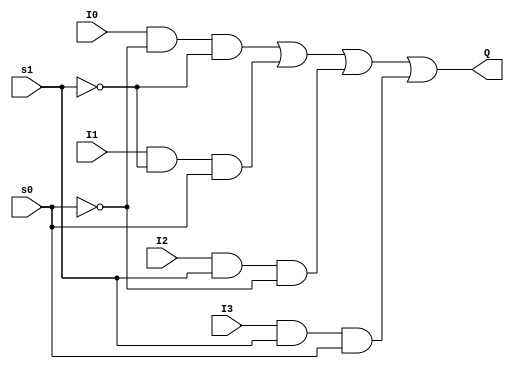
module mux_four_to_one(input I0, I1, I2, I3, s1, s0, output Q);
wire s0_bar, s1_bar,a_sel,b_sel,c_sel,d_sel;

not u1(s1_bar,s1);
not u2(s0_bar,s0);

and u3(a_sel,I0,s0_bar,s1_bar);
and u4(b_sel,I1,s1_bar,s0);
and u5(c_sel,I2,s1,s0_bar);
and u6(d_sel,I3,s1,s0);

or u7(Q,a_sel,b_sel,c_sel,d_sel);

endmodule